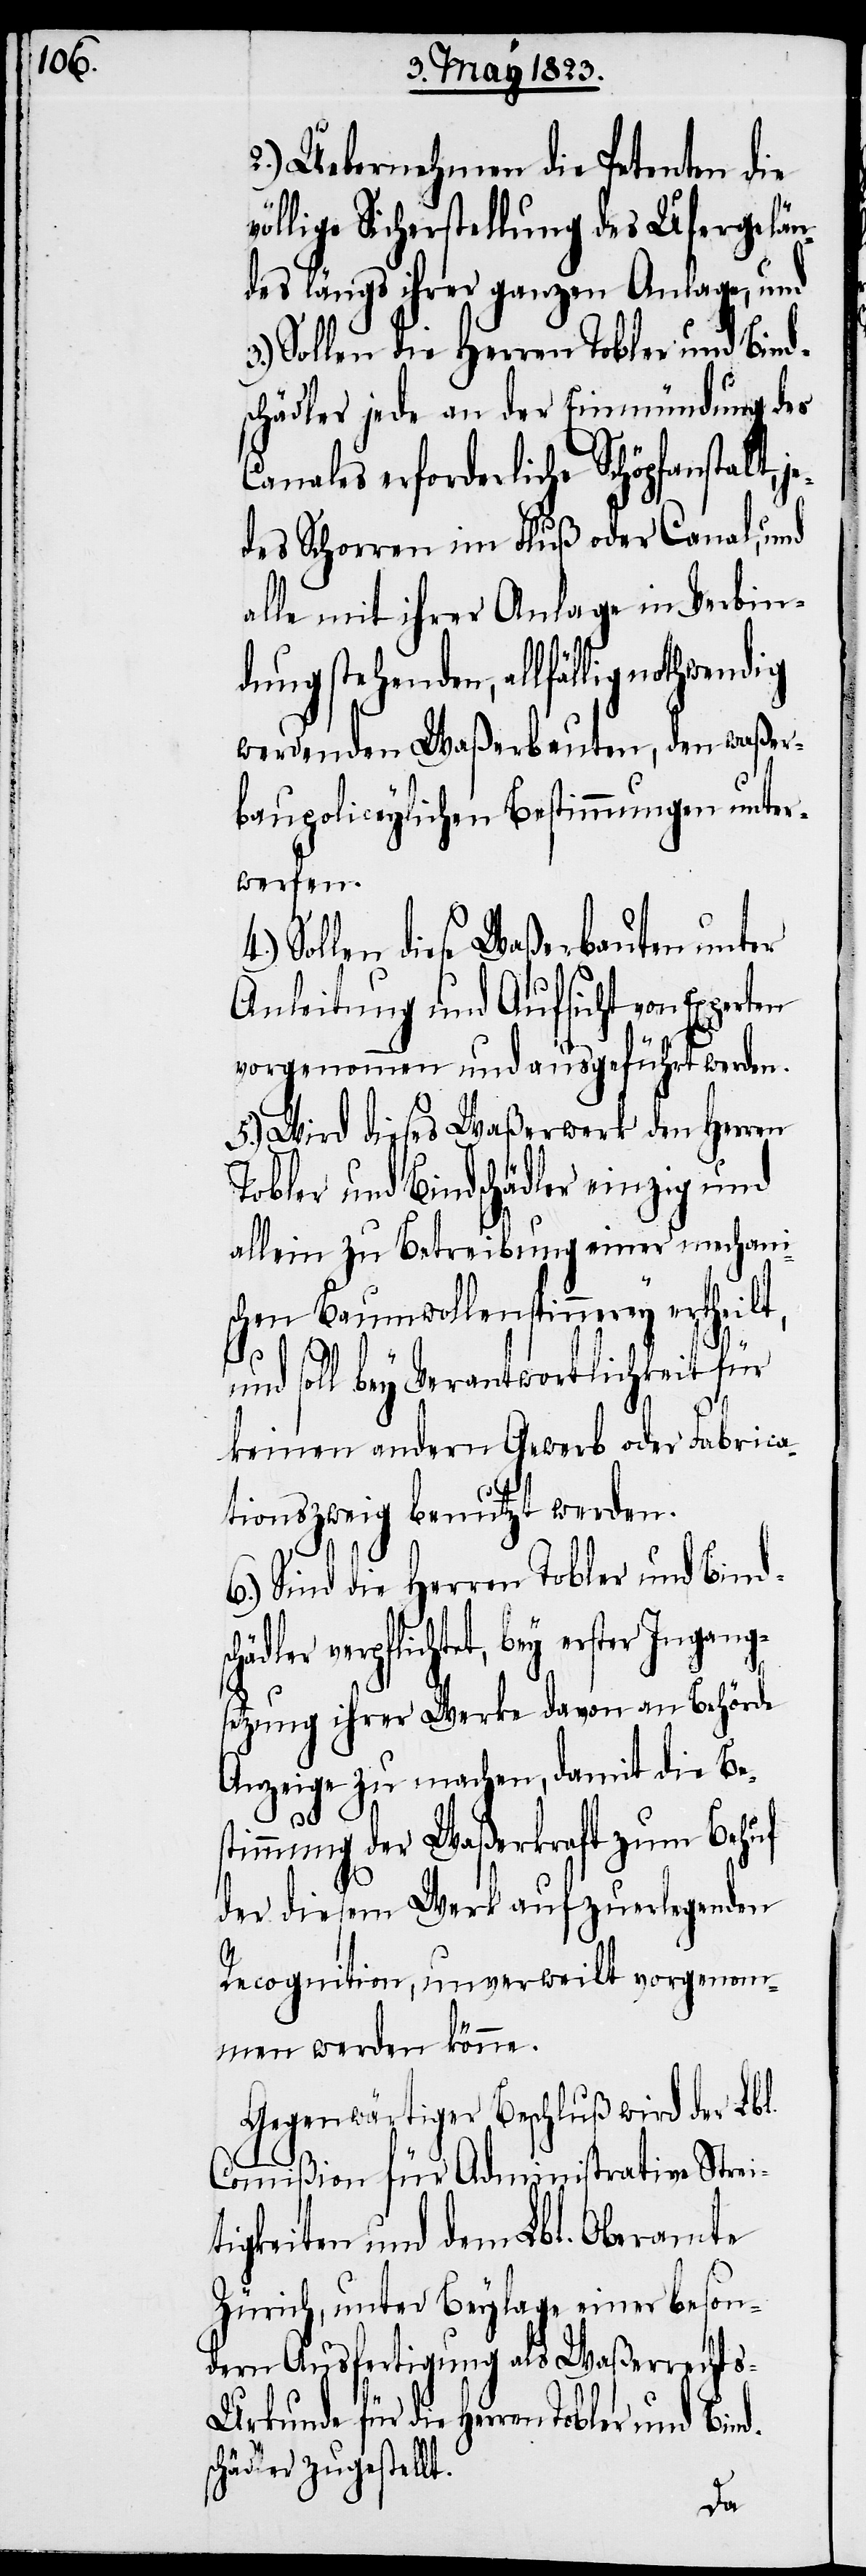
2.) Uebernehmen die Petenten die
öllige Sicherstellung des Ufergelän¬
des längs ihrer ganzen Anlage, und
Sollen die Herren Tobler und Bind¬
schädler jede an der Einmündung des
Canales erforderliche Schöpfanstalt, j¬
edes Schorren im Fluß oder Canal, und
alle mit ihrer Anlage in Verbin¬
dung stehenden, allfällig
werdenden Waßerbauten, den waßer¬
baupoliceylichen Bestimmungen unter¬
werfen.
Sollen diese Waßerbauten unter
Anleitung und Aufsicht von Expe¬
vorgenommen und ausgeführt werden.
5.) Wird dieses Waßerwerk den Herren
Tobler und Bindschädler einzig und
allein zu Betreibung einer mechani¬
schen Baumwollenspinnerey ertheilt,
c¬
und soll bey Verantwortlichkeit für
keinen andern Gewerb oder Fabrica¬
tionszweig benutzt werden.
6.) Sind die Herren Tobler und Binds¬
hädler verpflichtet, bey erster Ingang¬
setzung ihrer Werke davon an Behörde
Anzeige zu machen, damit die Bes¬
timmung der Waßerkraft zum Behuf
der diesem Werk aufzuerlegenden
Recognition, unverweilt vorgenom¬
men werden könne.
Gegenwärtiger Beschluß wird der Lbl.
Commißion für Administrative Strei¬
tigkeiten und dem Lbl. Oberamte
Zürich, unter Beylage einer beson¬
dern Ausfertigung als Waßerrecht¬
s-Urkunde für die Herren Tobler und Bind¬
schädler zugestellt.
rten